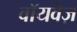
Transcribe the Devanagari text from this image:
वॉयवेज़